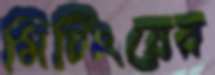
মিটিংয়ের